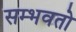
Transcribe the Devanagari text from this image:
सम्भवतो